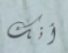
أنك